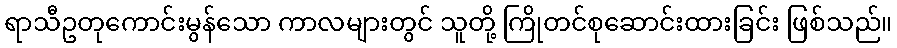
ရာသီဥတုကောင်းမွန်သော ကာလများတွင် သူတို့ ကြိုတင်စုဆောင်းထားခြင်း ဖြစ်သည်။